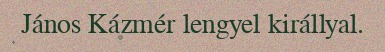
János Kázmér lengyel királlyal.